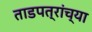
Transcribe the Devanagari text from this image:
ताडपत्रांच्या